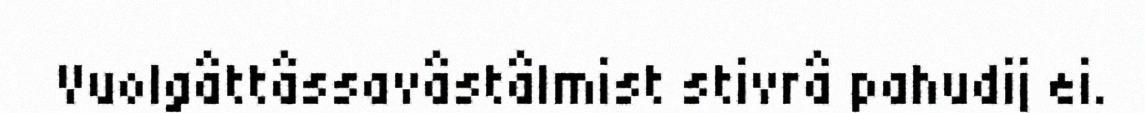
Vuolgâttâssavâstâlmist stivrâ pahudij ei.